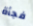
فجأة